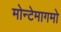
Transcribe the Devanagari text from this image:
मोन्टेमागमो